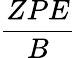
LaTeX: \frac{ZPE}{B}